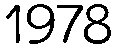
1978